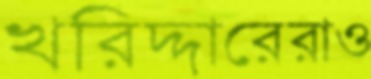
খরিদ্দারেরাও